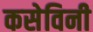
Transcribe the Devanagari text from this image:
कसेविनी